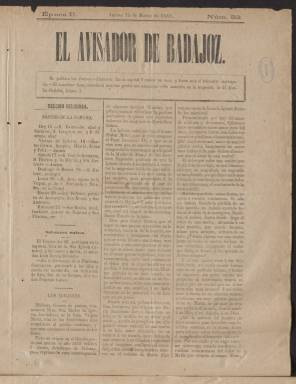
Título: El Avisador de Badajoz
Otros títulos: Título: Avisador, 4 ag. 1887-31 dic. 1891
Colección: Periódicos
Ámbito geográfico: Badajoz
Lugar de publicación: Badajoz
Fechas: 15/03/1883-31/12/1891